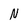
Character: N